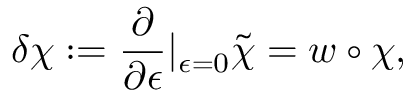
\delta \chi : = \frac { \partial } { \partial \epsilon } | _ { \epsilon = 0 } \tilde { \chi } = w \circ \chi ,